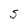
Character: S